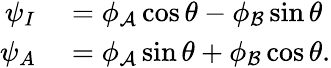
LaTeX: \begin{array}{rl}{\psi_{I}}&{{}=\phi_{\mathcal{A}}\cos\theta-\phi_{\mathcal{B}}\sin\theta}\\ {\psi_{A}}&{{}=\phi_{\mathcal{A}}\sin\theta+\phi_{\mathcal{B}}\cos\theta.}\end{array}